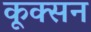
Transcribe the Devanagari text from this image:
कूक्सन